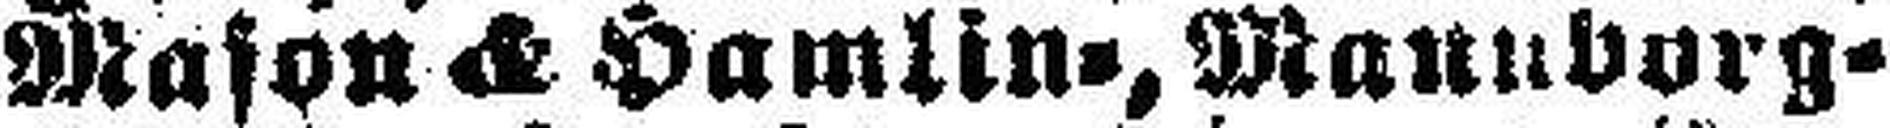
Mason & Hamlin=, Mannborg=